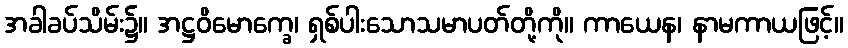
အခါခပ်သိမ်း၌။ အဋ္ဌဝိမောက္ခေ၊ ရှစ်ပါးသောသမာပတ်တို့ကို။ ကာယေန၊ နာမကာယဖြင့်။